Reports on military cantonments and civil stations in the Presidency of Bombay inspected by the Sanitary Commissioner in the years 1875 and 1876
Year: 1875
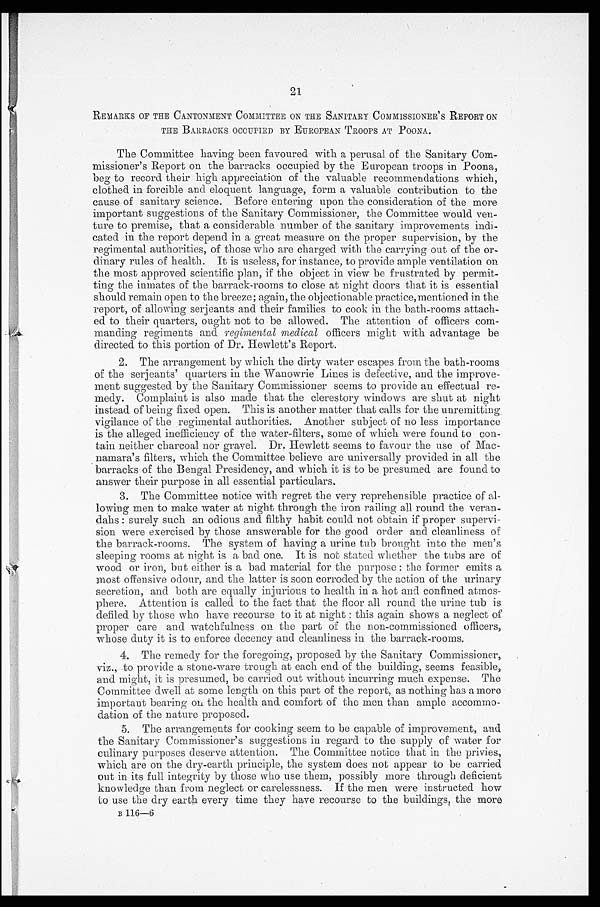
21
REMARKS OF THE CANTONMENT COMMITTEE ON THE SANITARY COMMISSIONER ' S REPORT ON
THE BARRACKS OCCUPIED BY EUROPEAN TROOPS AT POONA.
The Committee having been favoured with a perusal of the Sanitary Com-
missioner's Report on the barracks occupied by the European troops in Poona,
beg to record their high appreciation of the valuable recommendations which,
clothed in forcible and eloquent language, form a valuable contribution to the
cause of sanitary science. Before entering upon the consideration of the more
important suggestions of the Sanitary Commissioner, the Committee would
ven-ture to premise, that a considerable number of the sanitary improvements indi-
cated in the report depend in a great measure on the proper supervision, by the
regimental authorities, of those who are charged with the carrying out of the or-
dinary rules of health. It is useless, for instance, to provide ample ventilation on
the most approved scientific plan, if the object in view be frustrated by
p e r m i t - t i n g t h e i n m a t e s o f t h e b a r r a c k - r o o m s t o c l o s e a t n i g h t d o o r s t h a t i t i s e s s e n t i a l
should remain open to the breeze; again, the objectionable practice, mentioned in the
report, of allowing serjeants and their families to cook in the bath-rooms attach-
ed to their quarters, ought not to be allowed. The attention of officers com-
manding regiments and regimental medical officers might with advantage be
directed to this portion of Dr. Hewlett's Report.
2. The arrangement by which the dirty water escapes from the bath-rooms
of the serjeants' quarters in the Wanowrie Lines is defective, and the improve-
ment suggested by the Sanitary Commissioner seems to provide an effectual re-
medy. Complaint is also made that the clerestory windows are shut at night
instead of being fixed open. This is another matter that calls for the unremitting
vigilance of the regimental authorities. Another subject of no less importance
is the alleged inefficiency of the water-filters, some of which were found to con-
tain neither charcoal nor gravel. Dr. Hewlett seems to favour the use of Mac-
-namara's filters, which the Committee believe are universally provided in all the
barracks of the Bengal Presidency, and which it is to be presumed are found to
answer their purpose in all essential particulars.
3. The Committee notice with regret the very reprehensible practice of al-
lowing men to make water at night through the iron railing all round the veran-
dahs: surely such an odious and filthy habit could not obtain if proper supervi-
sion were exercised by those answerable for the good order and cleanliness of
the barrack-rooms. The system of having a urine tub brought into the men's
sleeping rooms at night is a bad one. It is not stated whether the tubs are of
wood or iron, but either is a bad material for the purpose: the former emits a
most offensive odour, and the latter is soon corroded by the action of the
urinary-secretion, and both are equally injurious to health in a hot and confined atmos-
phere. Attention is called to the fact that the floor all round the urine tub is
defiled by those who have recourse to it at night: this again shows a neglect of
proper care and watchfulness on the part of the non-commissioned officers,
whose duty it is to enforce decency and cleanliness in the barrack-rooms.
4. The remedy for the foregoing, proposed by the Sanitary Commissioner,
viz., to provide a stone-ware trough at each end of the building, seems feasible,
and might, it is presumed, be carried out without incurring much expense. The
Committee dwell at some length on this part of the report, as nothing has a more
important bearing on the health and comfort of the men than ample
a c c o m m o - d a t i o n o f t h e n a t u r e p r o p o s e d .
5. The arrangements for cooking seem to be capable of improvement, and
the Sanitary Commissioner's suggestions in regard to the supply of water for
culinary purposes deserve attention. The Committee notice that in the privies,
which are on the dry-earth principle, the system does not appear to be carried
out in its full integrity by those who use them, possibly more through deficient
knowledge than from neglect or carelessness. If the men were instructed how
to use the dry earth every time they have recourse to the buildings, the more
B 116—6